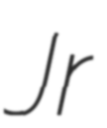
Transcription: Jr